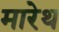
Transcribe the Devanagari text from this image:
मारेथ